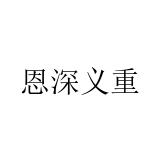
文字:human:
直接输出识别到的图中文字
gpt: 恩深义重